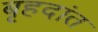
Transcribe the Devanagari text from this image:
बृहदांत